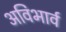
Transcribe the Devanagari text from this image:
अविभार्व